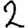
Digit: 2